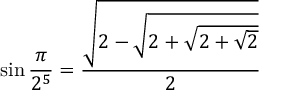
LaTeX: \sin { \frac { \pi } { 2 ^ { 5 } } } = { \frac { \sqrt { 2 - { \sqrt { 2 + { \sqrt { 2 + { \sqrt { 2 } } } } } } } } { 2 } }